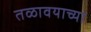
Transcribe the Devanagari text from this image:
तळावयाच्या